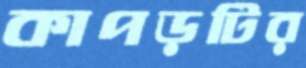
কাপড়টির